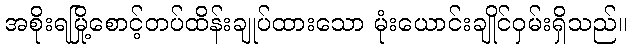
အစိုးရမြို့စောင့်တပ်ထိန်းချုပ်ထားသော မုံးယောင်းချိုင်ဝှမ်းရှိသည်။